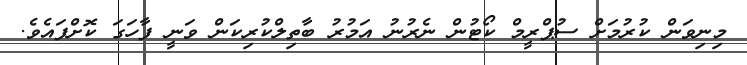
މިނިވަން ކުރުމަށް ސުޕްރީމް ކޯޓުން ނެރުނު އަމުރު ބާތިލްކުރިކަން ވަނީ ފާހަގަ ކޮށްފައެވެ.